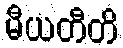
မီယတီတိ